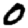
Digit: 0